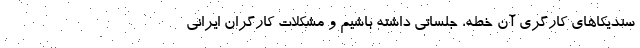
سندیکاهای کارگری آن خطه، جلساتی داشته باشیم و مشکلات کارگران ایرانی